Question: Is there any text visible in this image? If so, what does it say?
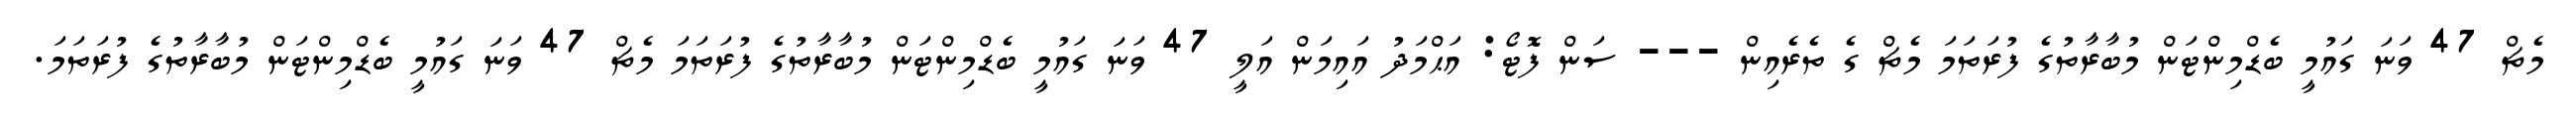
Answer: މެޗް 47 ވަނަ ގައުމީ ބެޑްމިންޓަން މުބާރާތުގެ ފުރަތަމަ މެޗް ގެ ތެރެއިން --- ސަން ފޮޓޯ: އަޙްމަދު އައިމަން އަލީ 47 ވަނަ ގައުމީ ބެޑްމިންޓަން މުބާރާތުގެ ފުރަތަމަ މެޗް 47 ވަނަ ގައުމީ ބެޑްމިންޓަން މުބާރާތުގެ ފުރަތަމަ.